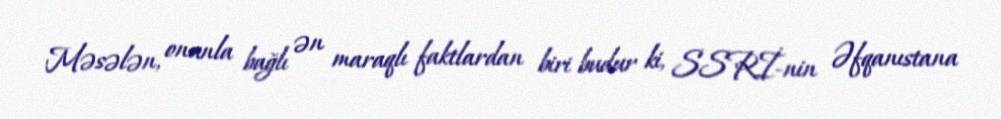
Məsələn, onunla bağlı ən maraqlı faktlardan biri budur ki, SSRİ-nin Əfqanıstana